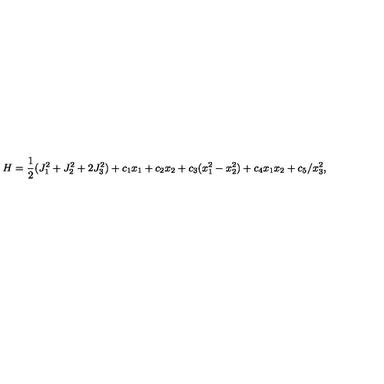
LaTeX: H = \frac { 1 } { 2 } ( J _ { 1 } ^ { 2 } + J _ { 2 } ^ { 2 } + 2 J _ { 3 } ^ { 2 } ) + c _ { 1 } x _ { 1 } + c _ { 2 } x _ { 2 } + c _ { 3 } ( x _ { 1 } ^ { 2 } - x _ { 2 } ^ { 2 } ) + c _ { 4 } x _ { 1 } x _ { 2 } + c _ { 5 } / x _ { 3 } ^ { 2 } ,